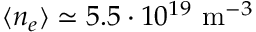
\langle n _ { e } \rangle \simeq 5 . 5 \cdot 1 0 ^ { 1 9 } ~ \mathrm { m } ^ { - 3 }